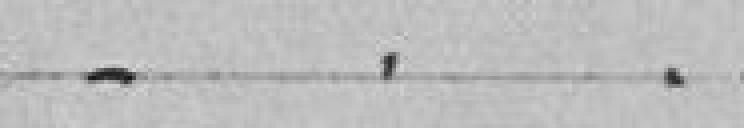
. . .